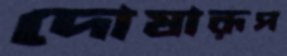
দোষারূপ